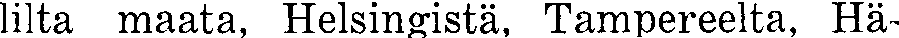
lilta maata, Helsingistä, Tampereelta, Hä-